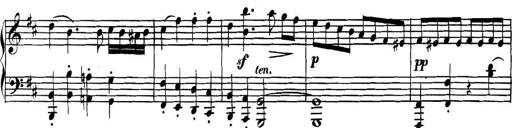
Title: Collected Piano Sonatas
Composer: Muzio Clementi